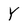
Character: Y